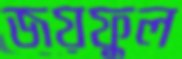
জয়ফুল